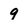
Character: g